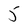
Character: 5